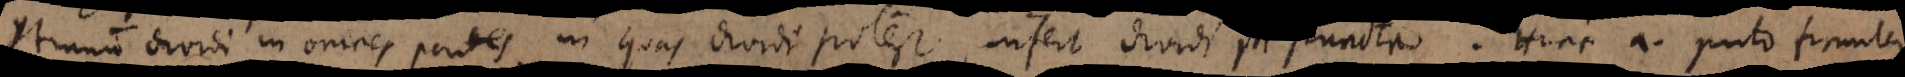
Continuum dividi in omnes partes in quas dividi potest, infert dividi in puncta. Hinc autem puto firmiter